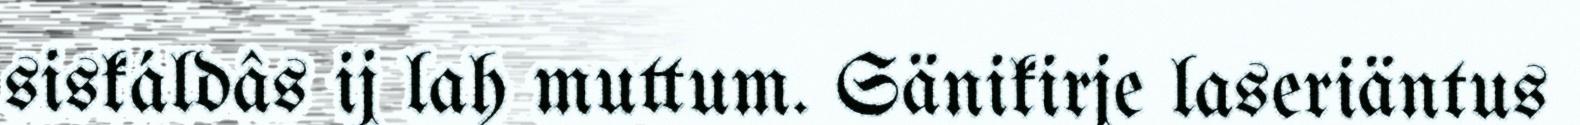
siskáldâs ij lah muttum. Sänikirje laseriäntus